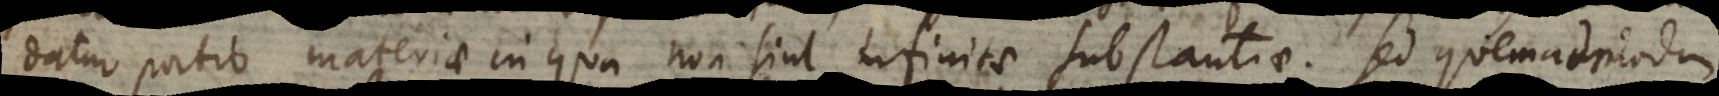
datur portio materiae in qua non sint infinitae substantiae. Sed quemadmodu